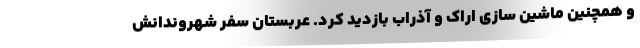
و همچنین ماشین سازی اراک و آذراب بازدید کرد. عربستان سفر شهروندانش